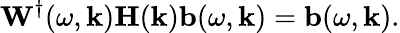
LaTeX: \mathbf{W}^{\dagger}(\omega,\mathbf{k})\mathbf{H}(\mathbf{k})\mathbf{b}(\omega,\mathbf{k})=\mathbf{b}(\omega,\mathbf{k}).